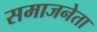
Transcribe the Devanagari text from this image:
समाजनेता